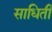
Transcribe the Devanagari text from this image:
साधिती